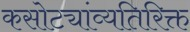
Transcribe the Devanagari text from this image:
कसोट्यांव्यतिरिक्त